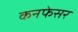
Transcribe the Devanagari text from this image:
कनफेसर